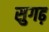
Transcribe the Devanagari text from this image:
सुगढ़